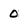
Character: 0